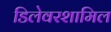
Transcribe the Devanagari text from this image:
डिलेवरशामिल